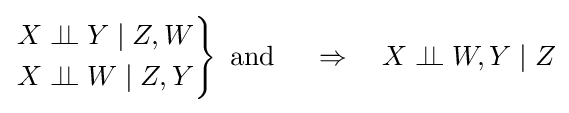
\left.{\begin{aligned}X\perp \!\!\!\perp Y\mid Z,W\\X\perp \!\!\!\perp W\mid Z,Y\end{aligned}}\right\}{\text{ and }}\quad \Rightarrow \quad X\perp \!\!\!\perp W,Y\mid Z